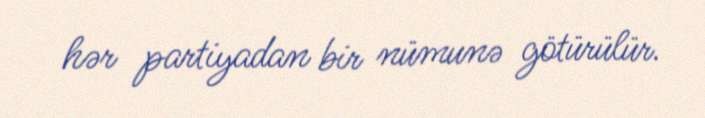
hər partiyadan bir nümunə götürülür.